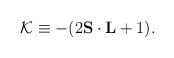
\begin{align*}{\cal K}\equiv -(2{\bf S}\cdot{\bf L}+1).\end{align*}